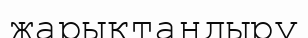
жарықтаңдыру